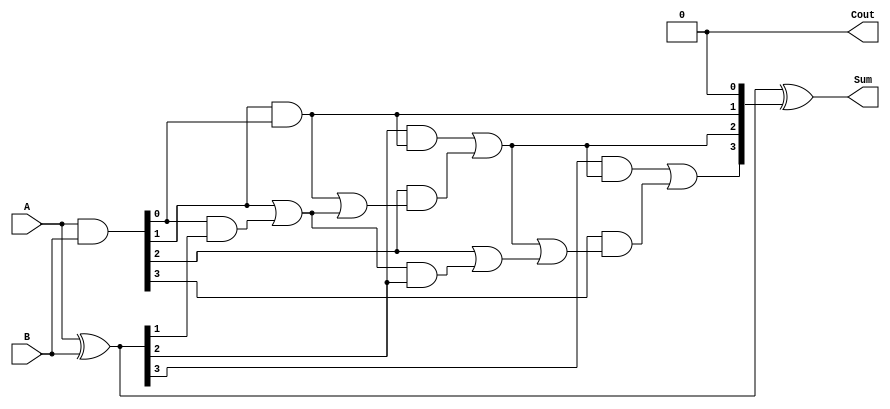
module CarrySkipAdder(
    input [3:0] A,
    input [3:0] B,
    output [3:0] Sum,
    output Cout
);

wire [4:0] C;
wire [4:0] P;
wire [4:0] G;
wire [4:0] G2;

assign P = A ^ B;
assign G = A & B;

assign C[0] = 1'b0; // initial carry-in
assign G2[0] = G[0];
assign Cout = C[4];

assign G2[1] = G[1] | (G2[0] & P[1]);
assign C[1] = P[1] & C[0] | G[1] & (C[0] | G2[0]);

assign G2[2] = G[2] | (G2[1] & P[2]);
assign C[2] = P[2] & C[1] | G[2] & (C[1] | G2[1]);

assign G2[3] = G[3] | (G2[2] & P[3]);
assign C[3] = P[3] & C[2] | G[3] & (C[2] | G2[2]);

assign G2[4] = G[4] | (G2[3] & P[4]);
assign C[4] = P[4] & C[3] | G[4] & (C[3] | G2[3]);

assign Sum = P ^ C;

endmodule